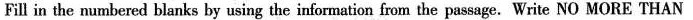
Fill in the nambered blanks by using the information from the passage.Write NO MORE THAN